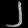
Digit: ၂